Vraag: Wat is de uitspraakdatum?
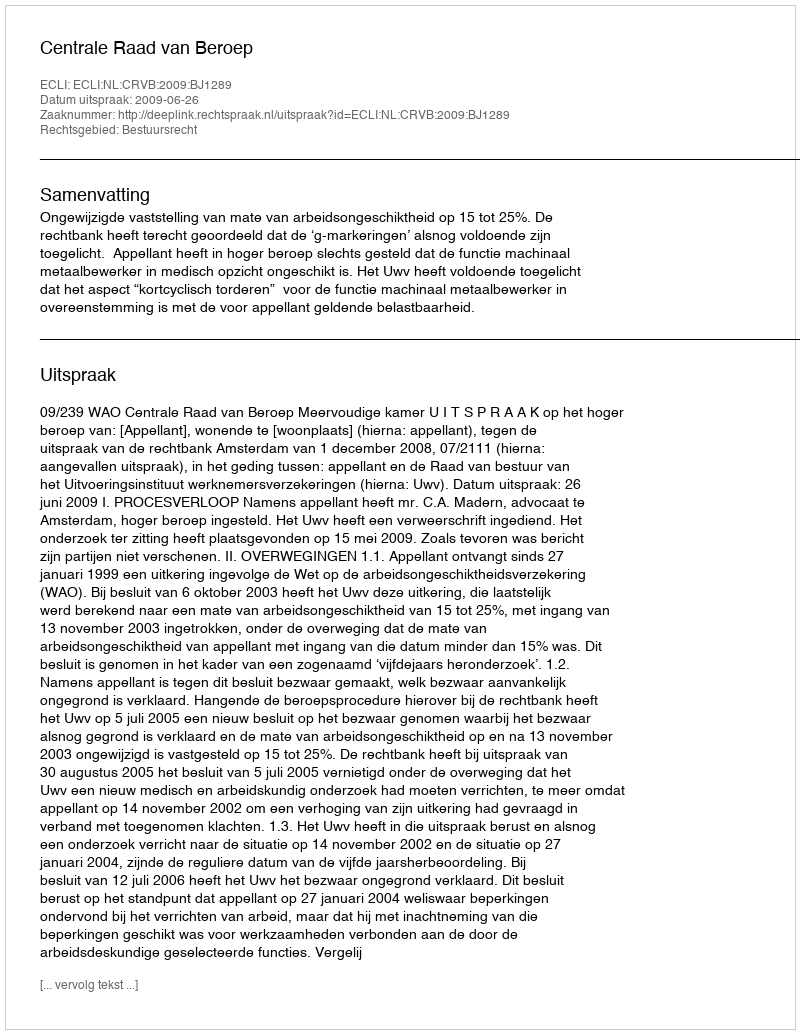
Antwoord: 2009-06-26